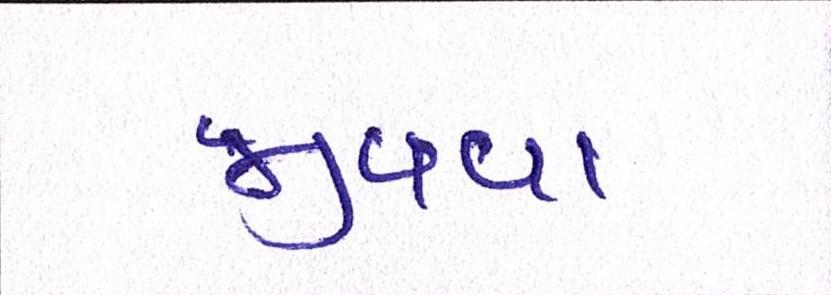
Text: જીવવા